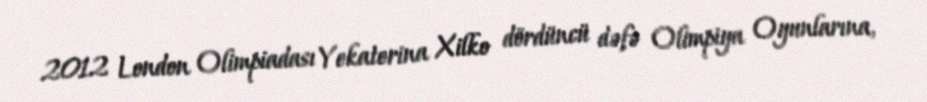
2012 London Olimpiadası Yekaterina Xilko dördüncü dəfə Olimpiya Oyunlarına,